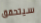
سيتحقق